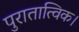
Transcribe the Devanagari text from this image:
पुरातात्विक।